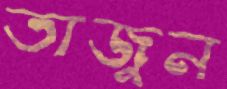
তাজুন